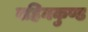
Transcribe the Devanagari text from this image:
वहिनकुण्ड